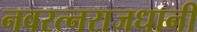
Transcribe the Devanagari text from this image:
नवरत्नराजधानी